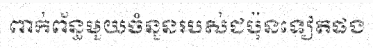
ពាក់ព័ន្ធមួយចំនួនរបស់ជប៉ុនទៀតផង